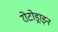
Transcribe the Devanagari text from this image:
रोटोड्राइन